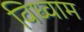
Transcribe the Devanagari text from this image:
विध्वाम